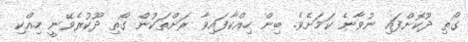
ގޯތި ދޫކޮށްފައި ނުވާނެ ކަމަށެވެ. ބިން ހިއްކާފައިވާ ރަށްތަކުން ގޯތި ދޫކުރެވޭނީ ހިއްކި